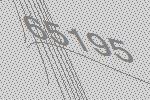
65195